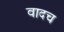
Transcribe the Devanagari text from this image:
वादच